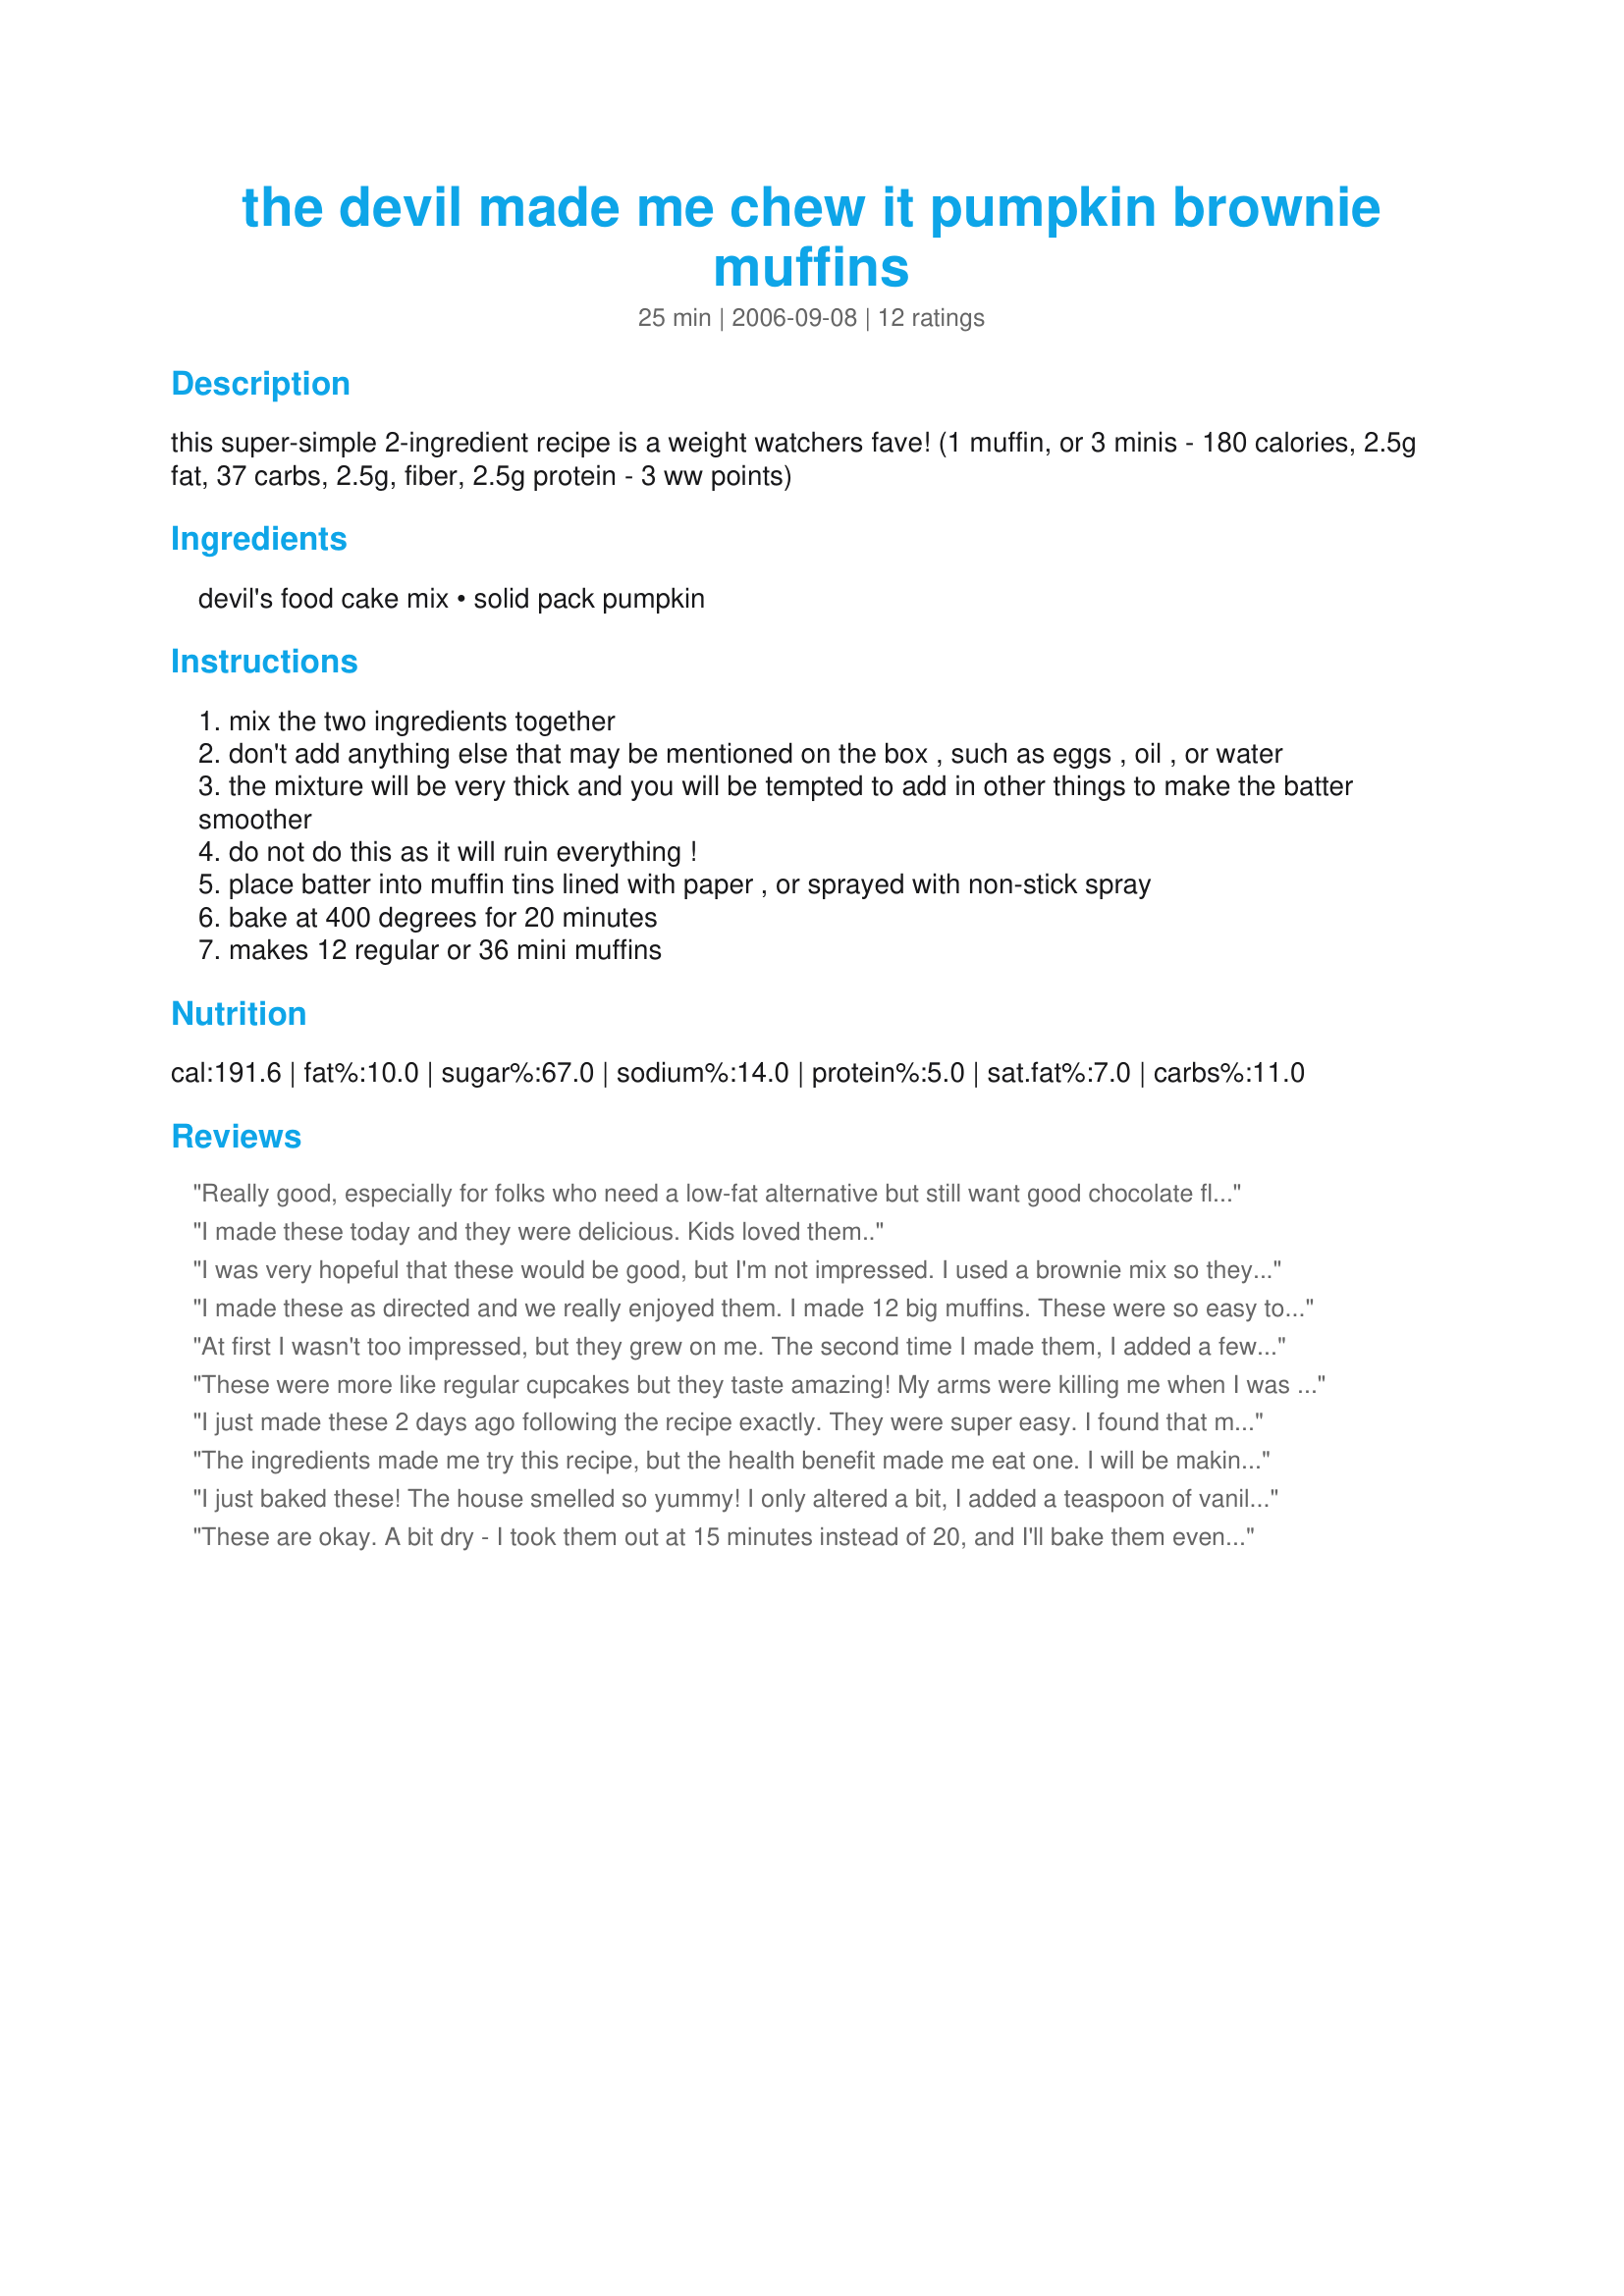
the devil made me chew it pumpkin brownie muffins
Preparation time: 25 minutes

this super-simple 2-ingredient recipe is a weight watchers fave!
(1 muffin, or 3 minis - 180 calories, 2.5g fat, 37 carbs, 2.5g, fiber, 2.5g protein - 3 ww points)

Ingredients:
devil's food cake mix, solid pack pumpkin

Steps:
mix the two ingredients together
don't add anything else that may be mentioned on the box , such as eggs , oil , or water
the mixture will be very thick and you will be tempted to add in other things to make the batter smoother
do not do this as it will ruin everything !
place batter into muffin tins lined with paper , or sprayed with non-stick spray
bake at 400 degrees for 20 minutes
makes 12 regular or 36 mini muffins

Reviews:
Really good, especially for folks who need a low-fat alternative but still want good chocolate flavor. I use stand mixer for ease of preparation. The pumpkin makes mixing somewhat challenging, mixer makes short work of it. Healthy, tasty, what more can you ask?
I made these today and they were delicious. Kids loved them..
I was very hopeful that these would be good, but I'm not impressed. I used a brownie mix so they are plenty sweet, but they still taste undercooked. I wish there was some way to fluff them up to the texture of a brownie.
I made these as directed and we really enjoyed them. I made 12 big muffins. These were so easy to make and very tasty.
At first I wasn't too impressed, but they grew on me. The second time I made them, I added a few semi-sweet chocolate chips, which helped alot!
These were more like regular cupcakes but they taste amazing! My arms were killing me when I was mixing it but its ok since I'm burning more calories! Haha. I didn't have enough pumpkin so I used less of the cake mix so that might have affected the recipie.
I just made these 2 days ago following the recipe exactly. They were super easy. I found that mixing the batter up &amp; down vs. in circles made it easier to mix on my wrist. I made 15 muffins and there&#039;s only 5 left so I guess my family enjoyed them. They came our really moist but for me just a little too bland. Next time I might add some vanilla or some cinnamon to the mix. Def making them again.
The ingredients made me try this recipe, but the health benefit made me eat one. I will be making these many times to come. These were so easy and so tasty. I made 12 regular sized cupcakes. You are right, the batter is very thick. Thank you for sharing this very easy but tasty recipe.
I just baked these! The house smelled so yummy! I only altered a bit, I added a teaspoon of vanilla, and also put some currants and dried berries in it. The combo was weird at first, but the flavor was super yummy. Just came out a bit dry for my taste, next time I think I will add 2 mashed bananas to it. Totally making this again!
These are okay. A bit dry - I took them out at 15 minutes instead of 20, and I'll bake them even less next time. They also took some time to mix. The final "batter" is more the consistency of a stiff cookie dough, so much so that I'll consider rolling it in balls before baking next time to improve the shape of the finished product. All that said, you cannot beat the simplicity of this recipe, nor the improvement in nutrition over regular cake. We'll make this one again - might try with spice cake mix next time.
True. Not really a brownie, but a good healthier alternative for a chocolate fix.
These did not impress us. They weren't really a muffin. They weren't really a brownie. The texture was off, and the flavor wasn't at all that rich or decadent. I am sorry that they weren't to our tastes.
